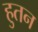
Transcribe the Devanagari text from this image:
हुतन